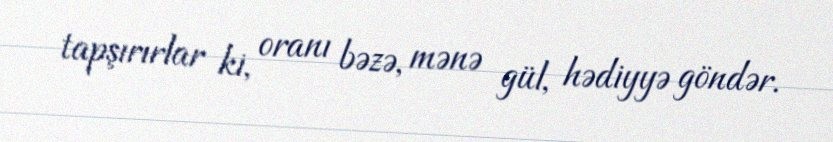
tapşırırlar ki, oranı bəzə, mənə gül, hədiyyə göndər.